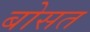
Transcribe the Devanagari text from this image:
बोसत